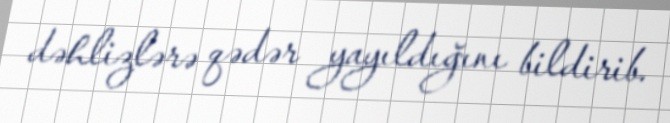
dəhlizlərə qədər yayıldığını bildirib.